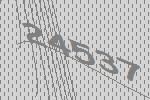
24537